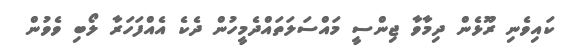
ކައިވެނި ރޫޅެން ދިމާވާ ޖިންސީ މައްސަލަތައްދެމީހުން ދެކެ އެއްފަހަރާ ލޯބި ވެވުން